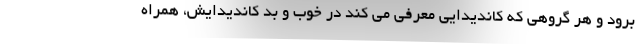
برود و هر گروهی که کاندیدایی معرفی می کند در خوب و بد کاندیدایش، همراه